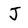
Character: J